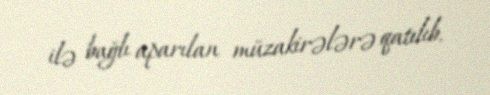
ilə bağlı aparılan müzakirələrə qatılıb.